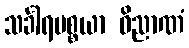
သင်္ခါရပစ္စယာ ဝိညာဏံ